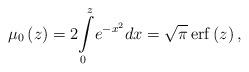
LaTeX: \begin{align*}\mu_{0}\left( z\right) =2{\displaystyle\int\limits_{0}^{z}}e^{-x^{2}}dx=\sqrt{\pi}\operatorname{erf}\left( z\right) , \end{align*}